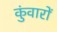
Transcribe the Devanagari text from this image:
कुंवारों